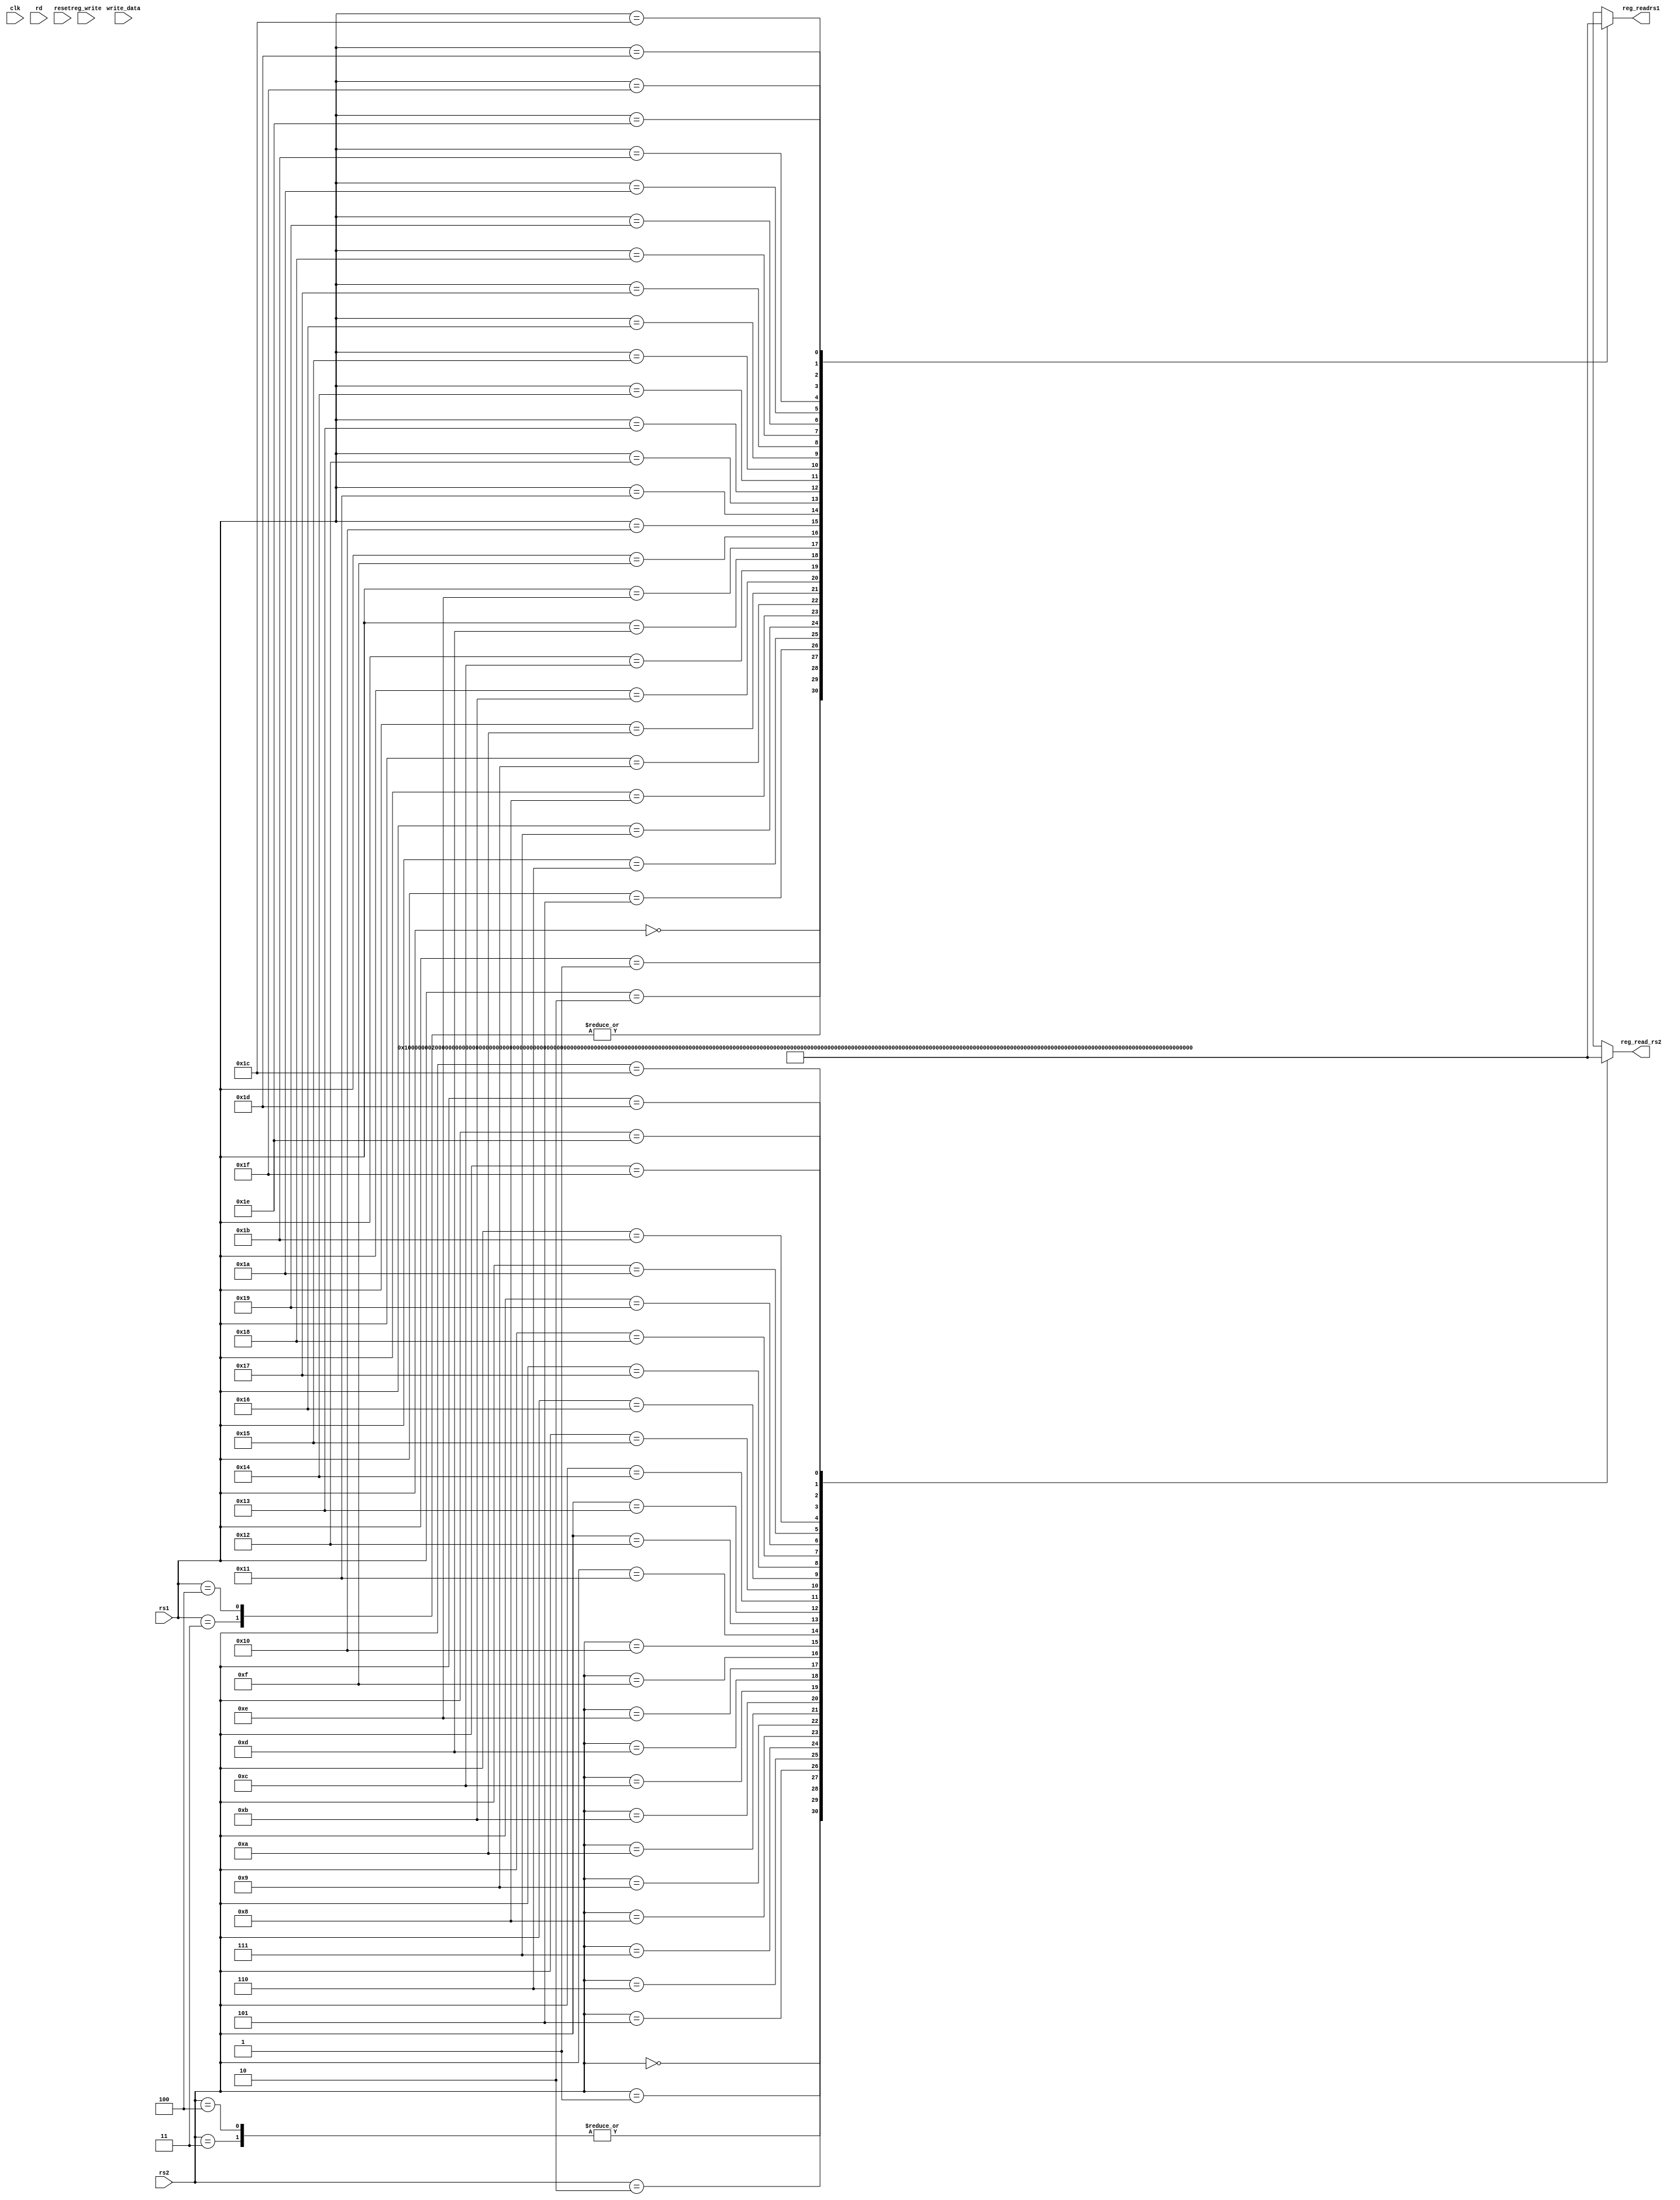
`timescale 1ns / 1ps

module Registers(clk,write_data,rs1, rs2, rd, reg_write,reset, reg_readrs1, reg_read_rs2);

input clk;
input [31:0] write_data;
input [4:0] rs1;
input [4:0] rs2;
input [4:0] rd;
input reg_write;
input reset;
output reg[31:0] reg_readrs1;
output reg[31:0] reg_read_rs2;

reg [31:0] register_memory [31:0];


always @(reset==1'b1)
    begin
     
         register_memory[0] = 32'h0;
         register_memory[1] = 32'h1;
         register_memory[2] = 32'h2;
         register_memory[3] = 32'h3;
         register_memory[4] = 32'h3;
         register_memory[5] = 32'h5;
         register_memory[6] = 32'h6;
         register_memory[7] = 32'h7;
         register_memory[8] = 32'h8;
         register_memory[9] = 32'h9;
         register_memory[10] = 32'h10;
         register_memory[11] = 32'h11;
         register_memory[12] = 32'h12;
         register_memory[13] = 32'h13;
         register_memory[14] = 32'h14;
         register_memory[15] = 32'h15;
         register_memory[16] = 32'h16;
         register_memory[17] = 32'h17;
         register_memory[18] = 32'h18;
         register_memory[19] = 32'h19;
         register_memory[20] = 32'h20;
         register_memory[21] = 32'h21;
         register_memory[22] = 32'h22;
         register_memory[23] = 32'h23;
         register_memory[24] = 32'h24;
         register_memory[25] = 32'h25;
	 register_memory[26] = 32'h26;
         register_memory[27] = 32'h27;
         register_memory[28] = 32'h28;
         register_memory[29] = 32'h29;
         register_memory[30] = 32'h30;
         register_memory[31] = 32'h31;
         end
  
always @(rs1, rs2)
	begin
  reg_readrs1 <= register_memory[rs1] ;
  reg_read_rs2 <= register_memory[rs2] ;
 end

//With reference to David Patterson, COA - RISC-V edition
//data is written at the negative edge and read at positive edge
    always @(negedge clk)
  	begin
  		if (reg_write == 1)
		begin
			 register_memory [rd] = write_data;
      		end
  	end

endmodule